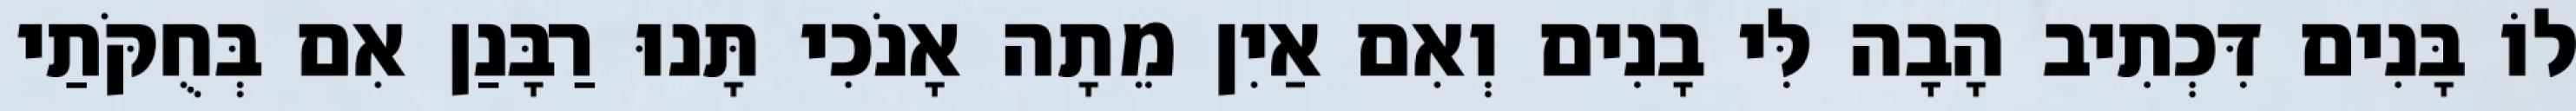
לוֹ בָּנִים דִּכְתִיב הָבָה לִּי בָנִים וְאִם אַיִן מֵתָה אָנֹכִי תָּנוּ רַבָּנַן אִם בְּחֻקֹּתַי